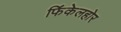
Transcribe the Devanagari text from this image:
फिंकेलहोर